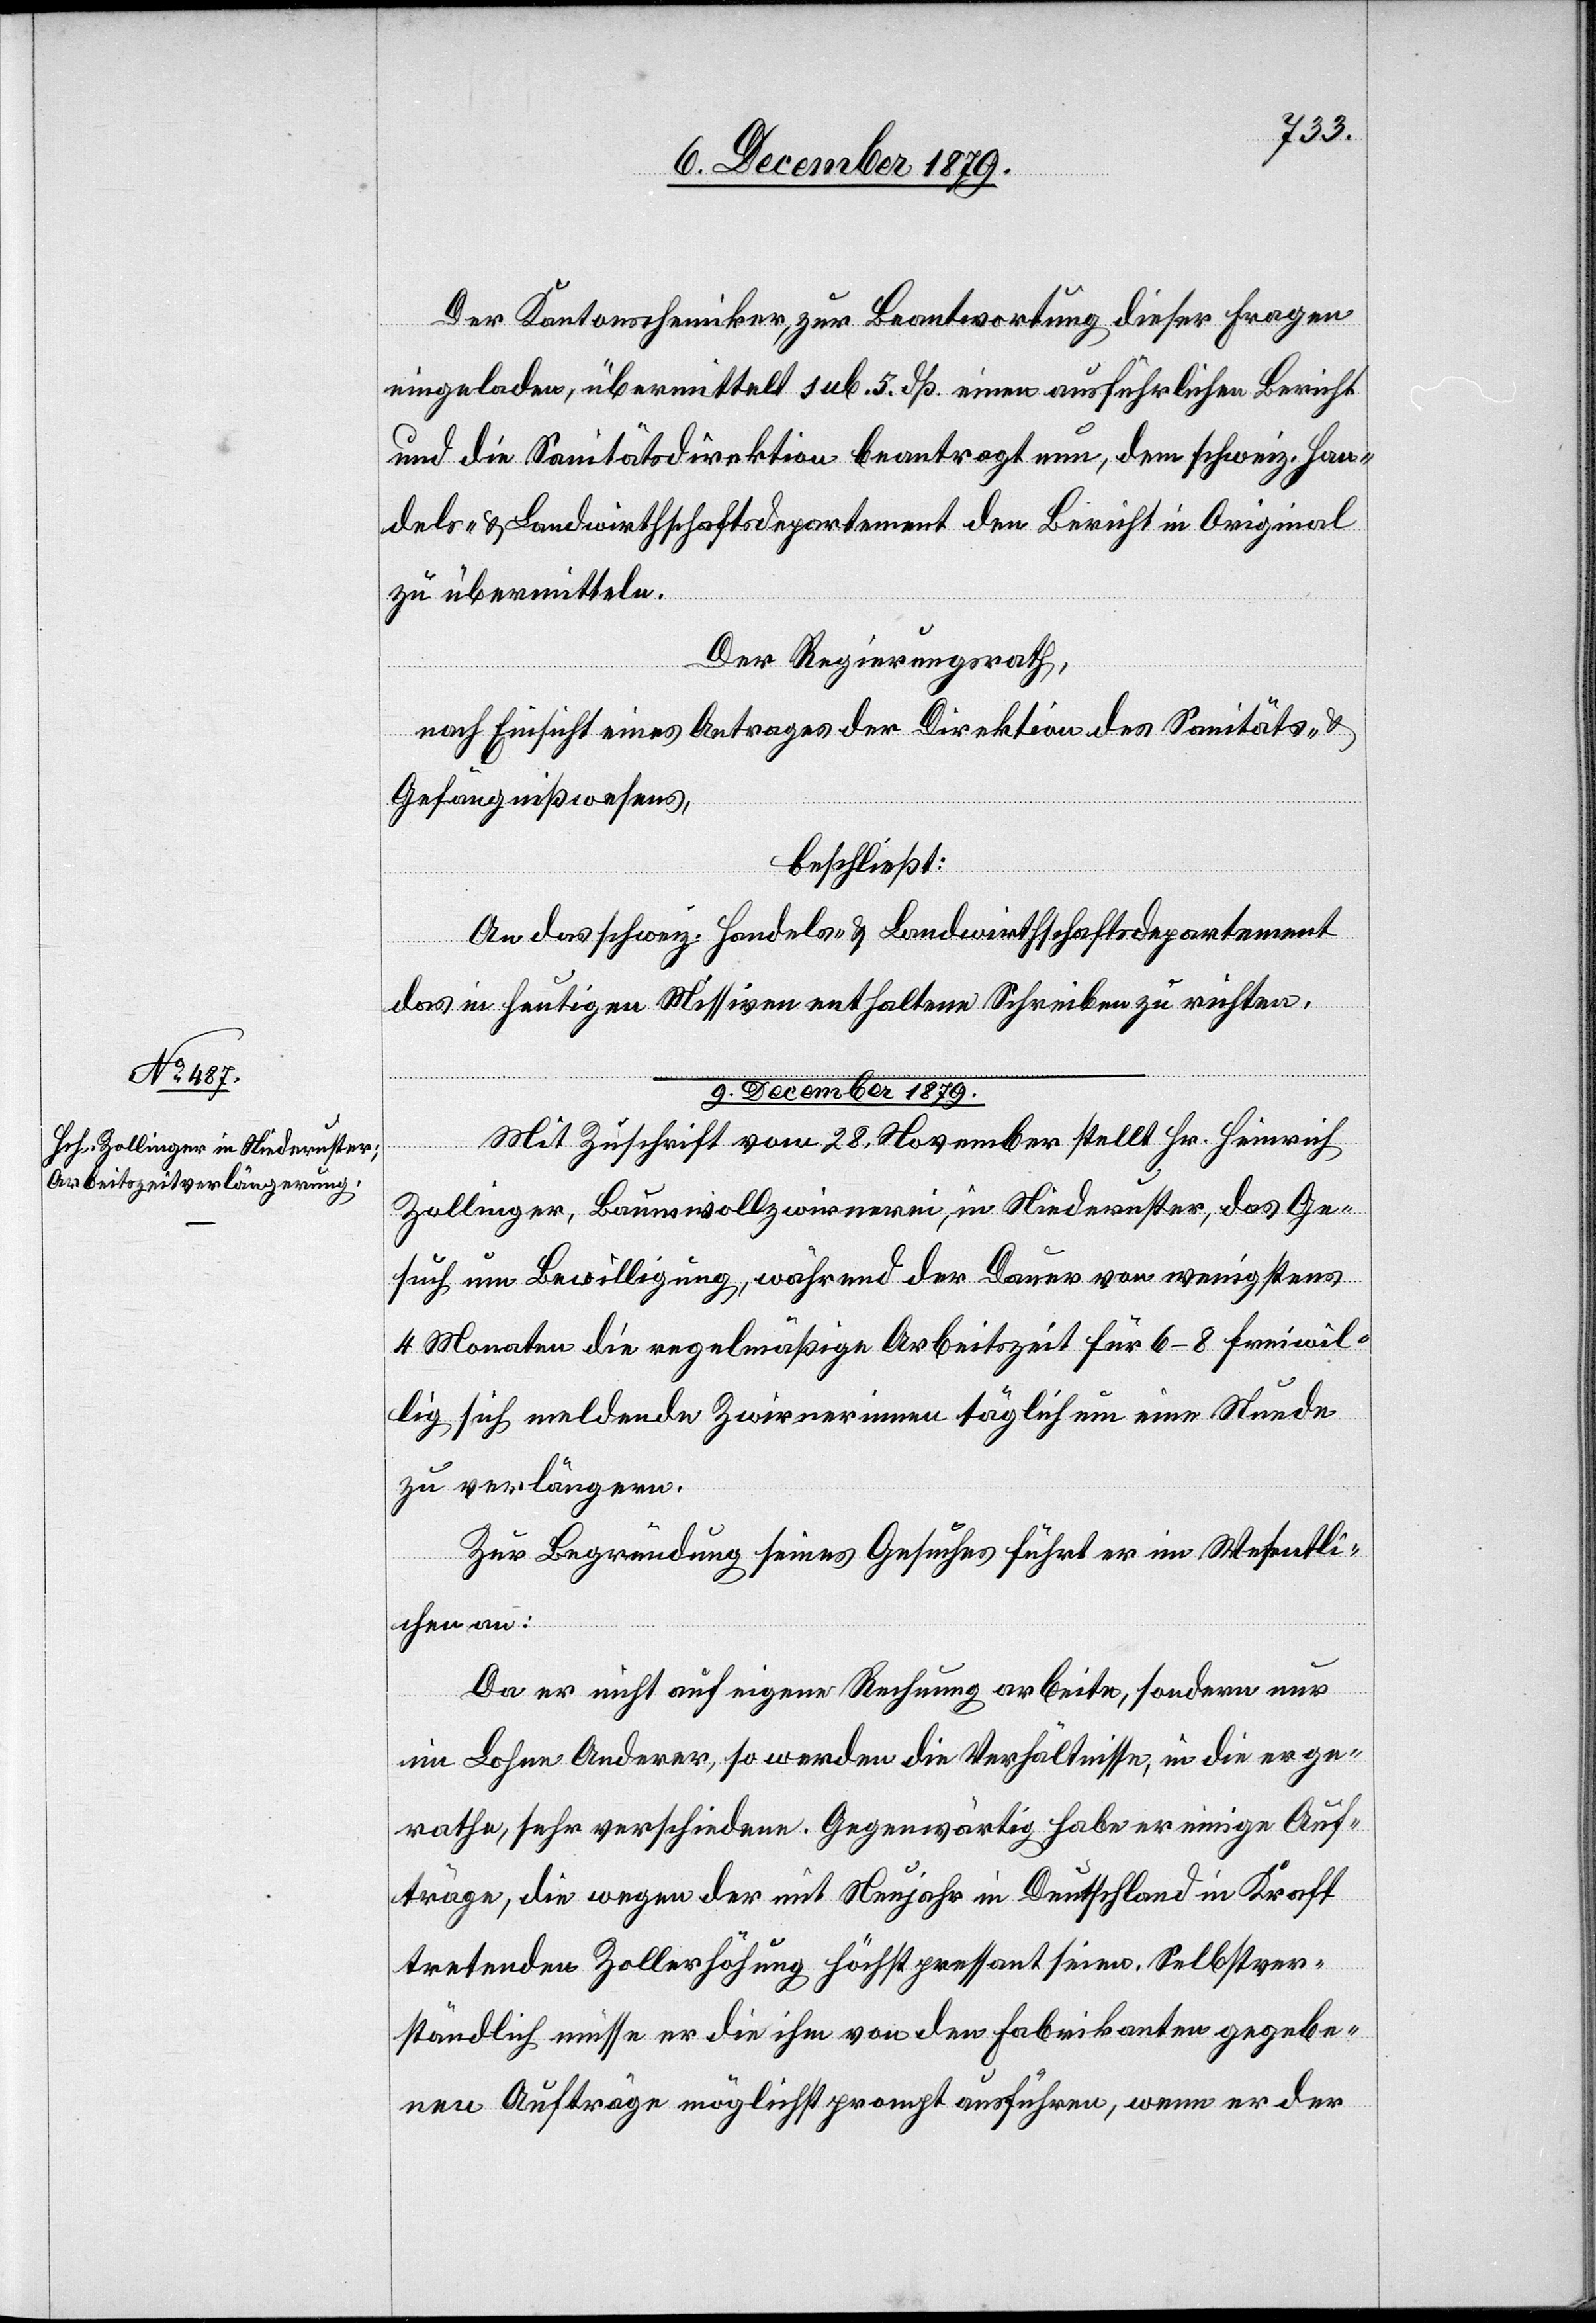
Der Kantonschemiker, zur Beantwortung dieser Fragen
eingeladen, übermittelt sub. 5. dß einen ausfürhlichen Bericht
und die Sanitätsdirektion beantragt nun, dem schweiz. Han¬
dels- & Landwirthschaftsdepartement den Bericht in Original
zu übermitteln.
Der Regierungsrath,
nach Einsicht eines Antrages der Direktion des Sanitäts- &
Gefängnißwesens,
beschließt:
An das schweiz. Handels- & Landwirthschaftsdepartement
das in heutigen Missiven enthaltene Schreiben zu richten.
9. December 1879.
Mit Zuschrift vom 28. November stellt Hr. Heinrich
Zollinger, Baumwollzwirnerei, in Niederuster, das Ge¬
such um Bewilligung, während der Dauer von wenigstens
4 Monaten die regelmäßige Arbeitszeit für 6–8 freiwil¬
lig sich meldende Zwirnerinnen täglich um eine Stunde
zu verlängern.
Zur Begründung seines Gesuches führt er im Wesentli¬
chen an:
Da er nicht auf eigener Rechnung arbeitend, sondern nur
im Lohne Anderer, so werden die Verhältnisse, in die er ge¬
rathe, sehr verschieden. Gegenwärtig habe er einige Auf¬
träge, die wegen der mit Neujahr in Deutschland in Kraft
tretenden Zollerhöhung höchst pressant seien. Selbstver¬
ständlich müsse er die ihm von den Fabrikanten gegebe¬
nen Aufträge möglichst prompt ausführen, wenn er der